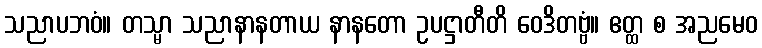
သညာပဘဝံ။ တသ္မာ သညာနာနတာယ နာနတော ဥပဋ္ဌာတီတိ ဝေဒိတဗ္ဗံ။ ဧတ္ထ စ အညမေဝ